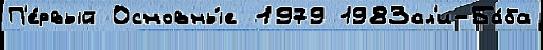
П'е́рвый Основны́е 1979 1983ал'и-Ба́ба